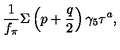
\frac { 1 } { f _ { \pi } } \Sigma \left( p + \frac { q } { 2 } \right) \gamma _ { 5 } \tau ^ { a } ,